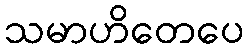
သမာဟိတေပေ